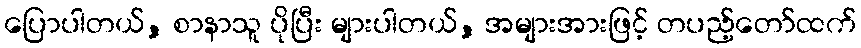
ပြောပါတယ်, စာနာသူ ပိုပြီး များပါတယ်, အများအားဖြင့် တပည့်တော်ထက်